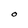
Character: O